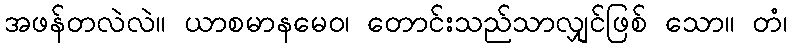
အဖန်တလဲလဲ။ ယာစမာနမေဝ၊ တောင်းသည်သာလျှင်ဖြစ် သော။ တံ၊